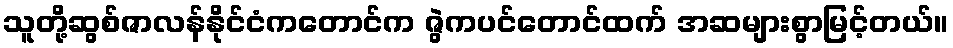
သူတို့ဆွစ်ဇာလန်နိုင်ငံကတောင်က ဇွဲကပင်တောင်ထက် အဆများစွာမြင့်တယ်။